Papers set at the Examination for Leaving Certificates, 1892
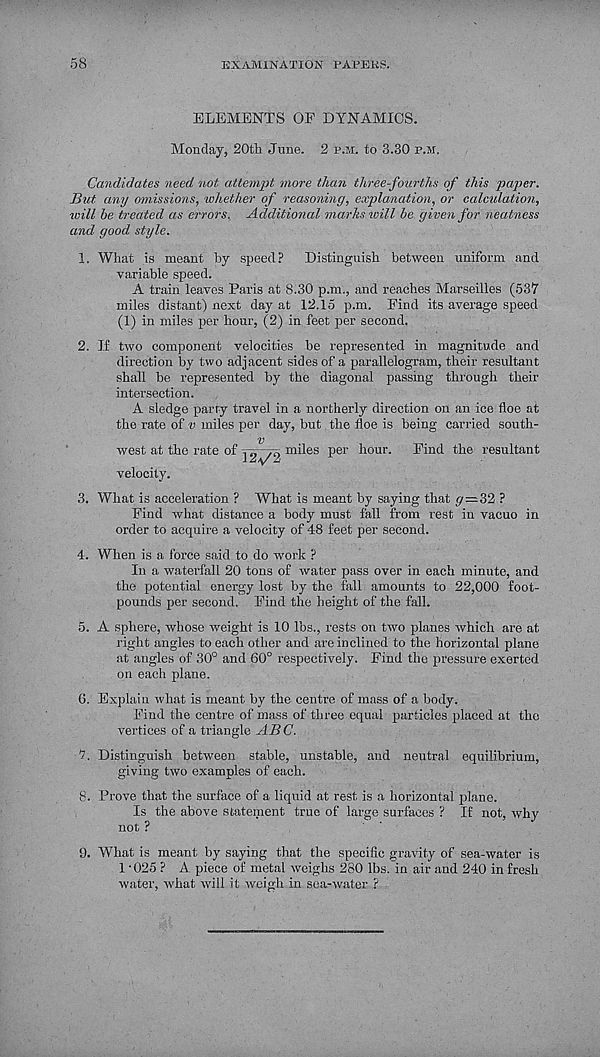
58
EXAMINATION PAVERS.
ELEMENTS OF DYNAMICS.
Monday, 20th June. 2 p.m. to 3.30 p.m.
Candidates need not attempt more than three-fourths of this paper.
But any omissions, whether of reasoning, explanation, or calculation,
tvill be treated as errors. Additional marhs will be given for neatness
and good style.
1. What is meant by speed? Distinguish between uniform and
variable speed.
A train leaves Paris at 8.30 p.m., and reaches Marseilles (537
miles distant) next day at 12.15 p.m. Find its average speed
(1) in miles per hour, (2) in feet per second.
2.
6.
If two component velocities be represented in magnitude and
direction by two adjacent sides of a parallelogram, their resultant
shall be represented by the diagonal passing through their
intersection.
A sledge party travel in a northerly direction on an ice floe at
the rate of v miles per day, but the floe is being carried south-
V
west at the rate of , „ /fl miles per hour. Find the resultant
velocity.
12^2
3. What is acceleration ? What is meant by saying that <7=32 ?
Find what distance a body must fall from rest in vacuo in
order to acquire a velocity of 48 feet per second.
4. When is a force said to do work ?
In a waterfall 20 tons of water pass over in each minute, and
the potential energy lost by the fall amounts to 22,000 foot-
pounds per second. Find the height of the fall.
5. A sphere, whose weight is 10 lbs., rests on two planes which are at
right angles to each other and are inclined to the horizontal plane
at angles of 30° and 60° respectively. Find the pressure exerted
on each plane.
8.
9.
Explain what is meant by the centre of mass of a body.
Find the centre of mass of three equal particles placed at the
vertices of a triangle AB C.
Distinguish between stable, unstable, and neutral equilibrium,
giving two examples of each.
Prove that the surface of a liquid at rest is a horizontal plane.
Is the above statement true of large surfaces ? If not, why
not ?
What is meant by saying that the specific gravity of sea-water is
1-025 ? A piece of metal weighs 280 lbs. in air and 240 in fresh
water, what will it weigh in sea-water ?